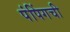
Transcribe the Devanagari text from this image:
पंपिंगची